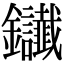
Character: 𨰸